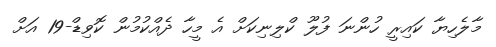
މާލެހިޔާ ކައިރީ ހުންނަ ފުލޫ ކްލިނިކަށް އެ މީހާ ދެއްކުމުން ކޮވިޑް-19 އަށް